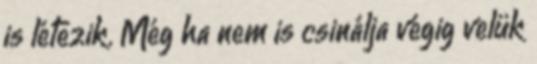
is létezik. Még ha nem is csinálja végig velük